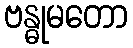
ဗန္ဓုမတော